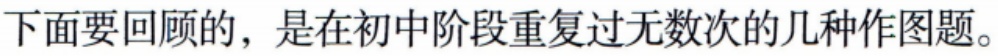
下面要回顾的，是在初中阶段重复过无数次的几种作图题。